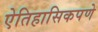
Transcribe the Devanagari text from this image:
ऐतिहासिकपणे